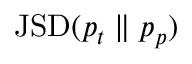
\mathrm { J S D } ( p _ { t } \parallel p _ { p } )